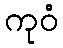
ကုဝံ